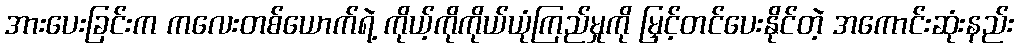
အားပေးခြင်းက ကလေးတစ်ယောက်ရဲ့ ကိုယ့်ကိုကိုယ်ယုံကြည်မှုကို မြှင့်တင်ပေးနိုင်တဲ့ အကောင်းဆုံးနည်း